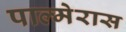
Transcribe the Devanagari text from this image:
पाल्मेरास